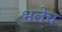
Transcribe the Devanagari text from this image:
भलेच